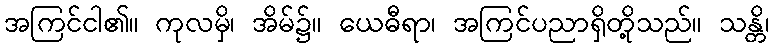
အကြင်ငါ၏။ ကုလမှိ၊ အိမ်၌။ ယေဓီရာ၊ အကြင်ပညာရှိတို့သည်။ သန္တိ၊